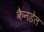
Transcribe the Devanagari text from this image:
कैनडेल